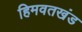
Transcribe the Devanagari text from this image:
हिमवतखंड